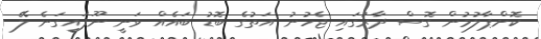
ކޮށްޕާލުމުން ގޮސް ދާރުގައި ޖެހުނު އަތުގެ ބޮޑު ބައެއް ވަނީ ނޫފައިގަނެ ލޭ